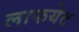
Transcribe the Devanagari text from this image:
लाफयेट